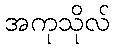
အကုသိုလ်